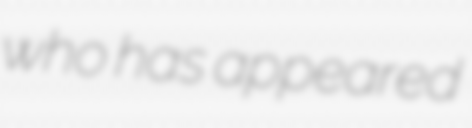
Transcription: who has appeared